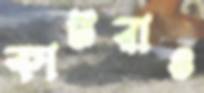
কাটরাও